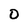
Character: 0